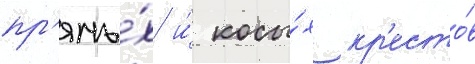
пр'ямы́х и́ косы́х кр'есто́в